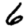
Digit: 6